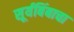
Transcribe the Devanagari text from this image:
सूर्यबिंबाचा